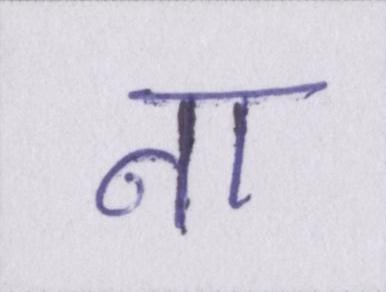
ना